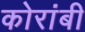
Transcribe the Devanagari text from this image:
कोरांबी